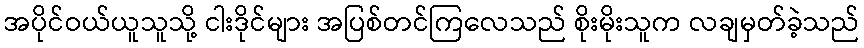
အပိုင်ဝယ်ယူသူသို့ ငါးဒိုင်များ အပြစ်တင်ကြလေသည် စိုးမိုးသူက လချမှတ်ခဲ့သည်